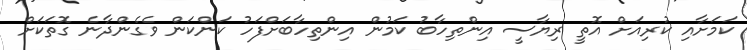
ކަމަށާއި ކުރިއަށް އޮތީ ރިޔާސީ އިންތިހާބު ކަމުން އިންތިހާބަށްފަހު ކަންކަން ވެގެންދާނެ ގޮތަކަށް